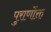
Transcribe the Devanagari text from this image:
पुराणोंक्त